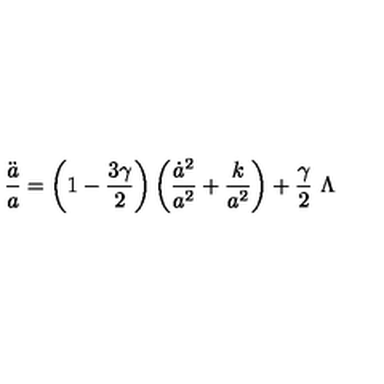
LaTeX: \frac { \ddot { a } } { a } = \left( 1 - \frac { 3 \gamma } { 2 } \right) \left( \frac { \dot { a } ^ { 2 } } { a ^ { 2 } } + \frac { k } { a ^ { 2 } } \right) + \frac { \gamma } { 2 } \ \Lambda